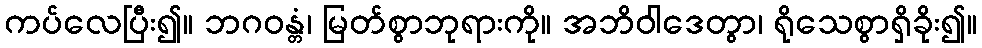
ကပ်လေပြီး၍။ ဘဂဝန္တံ၊ မြတ်စွာဘုရားကို။ အဘိဝါဒေတွာ၊ ရိုသေစွာရှိခိုး၍။